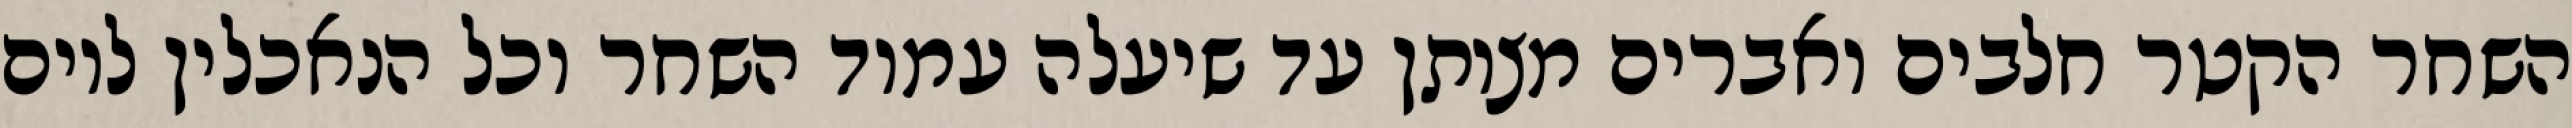
השחר הקטר חלבים ואברים מצותן עד שיעלה עמוד השחר וכל הנאכלין ליום